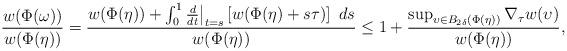
LaTeX: \begin{align*} \frac{w(\Phi(\omega))}{w(\Phi(\eta))} = \frac{w(\Phi(\eta)) + \int_0^1 \frac{d}{dt}\big|_{t=s} \left[w(\Phi(\eta)+s\tau)\right]~ds}{w(\Phi(\eta))} \leq 1 +\frac{\sup_{\upsilon\in B_{2\delta}(\Phi(\eta))}\nabla_{\tau}w(\upsilon)}{w(\Phi(\eta))}, \end{align*}